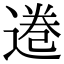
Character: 𫟩